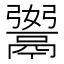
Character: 𩱆